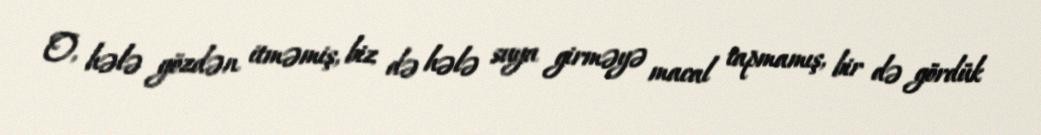
O, hələ gözdən itməmiş, biz də hələ suya girməyə macal tapmamış, bir də gördük